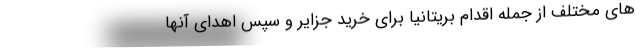
های مختلف از جمله اقدام بریتانیا برای خرید جزایر و سپس اهدای آنها